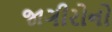
જાગીરોનો